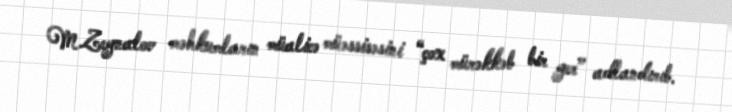
M.Zeynalov məhkumların müalicə müəssisəsini “çox mürəkkəb bir yer” adlandırıb.